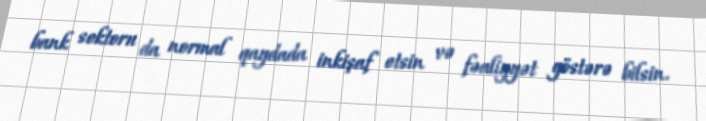
bank sektoru da normal qaydada inkişaf etsin və fəaliyyət göstərə bilsin.